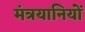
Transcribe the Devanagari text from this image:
मंत्रयानियों